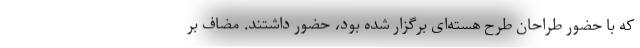
که با حضور طراحان طرح هسته‌ای برگزار شده بود، حضور داشتند. مضاف بر